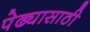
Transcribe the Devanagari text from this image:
पेढ्यासाठी